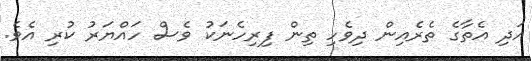
އަދި އެތާގެ ތެރެއިން ދިވެހި ތިން ފިރިހެނަކު ވެސް ހައްޔަރު ކުރި އެވެ.